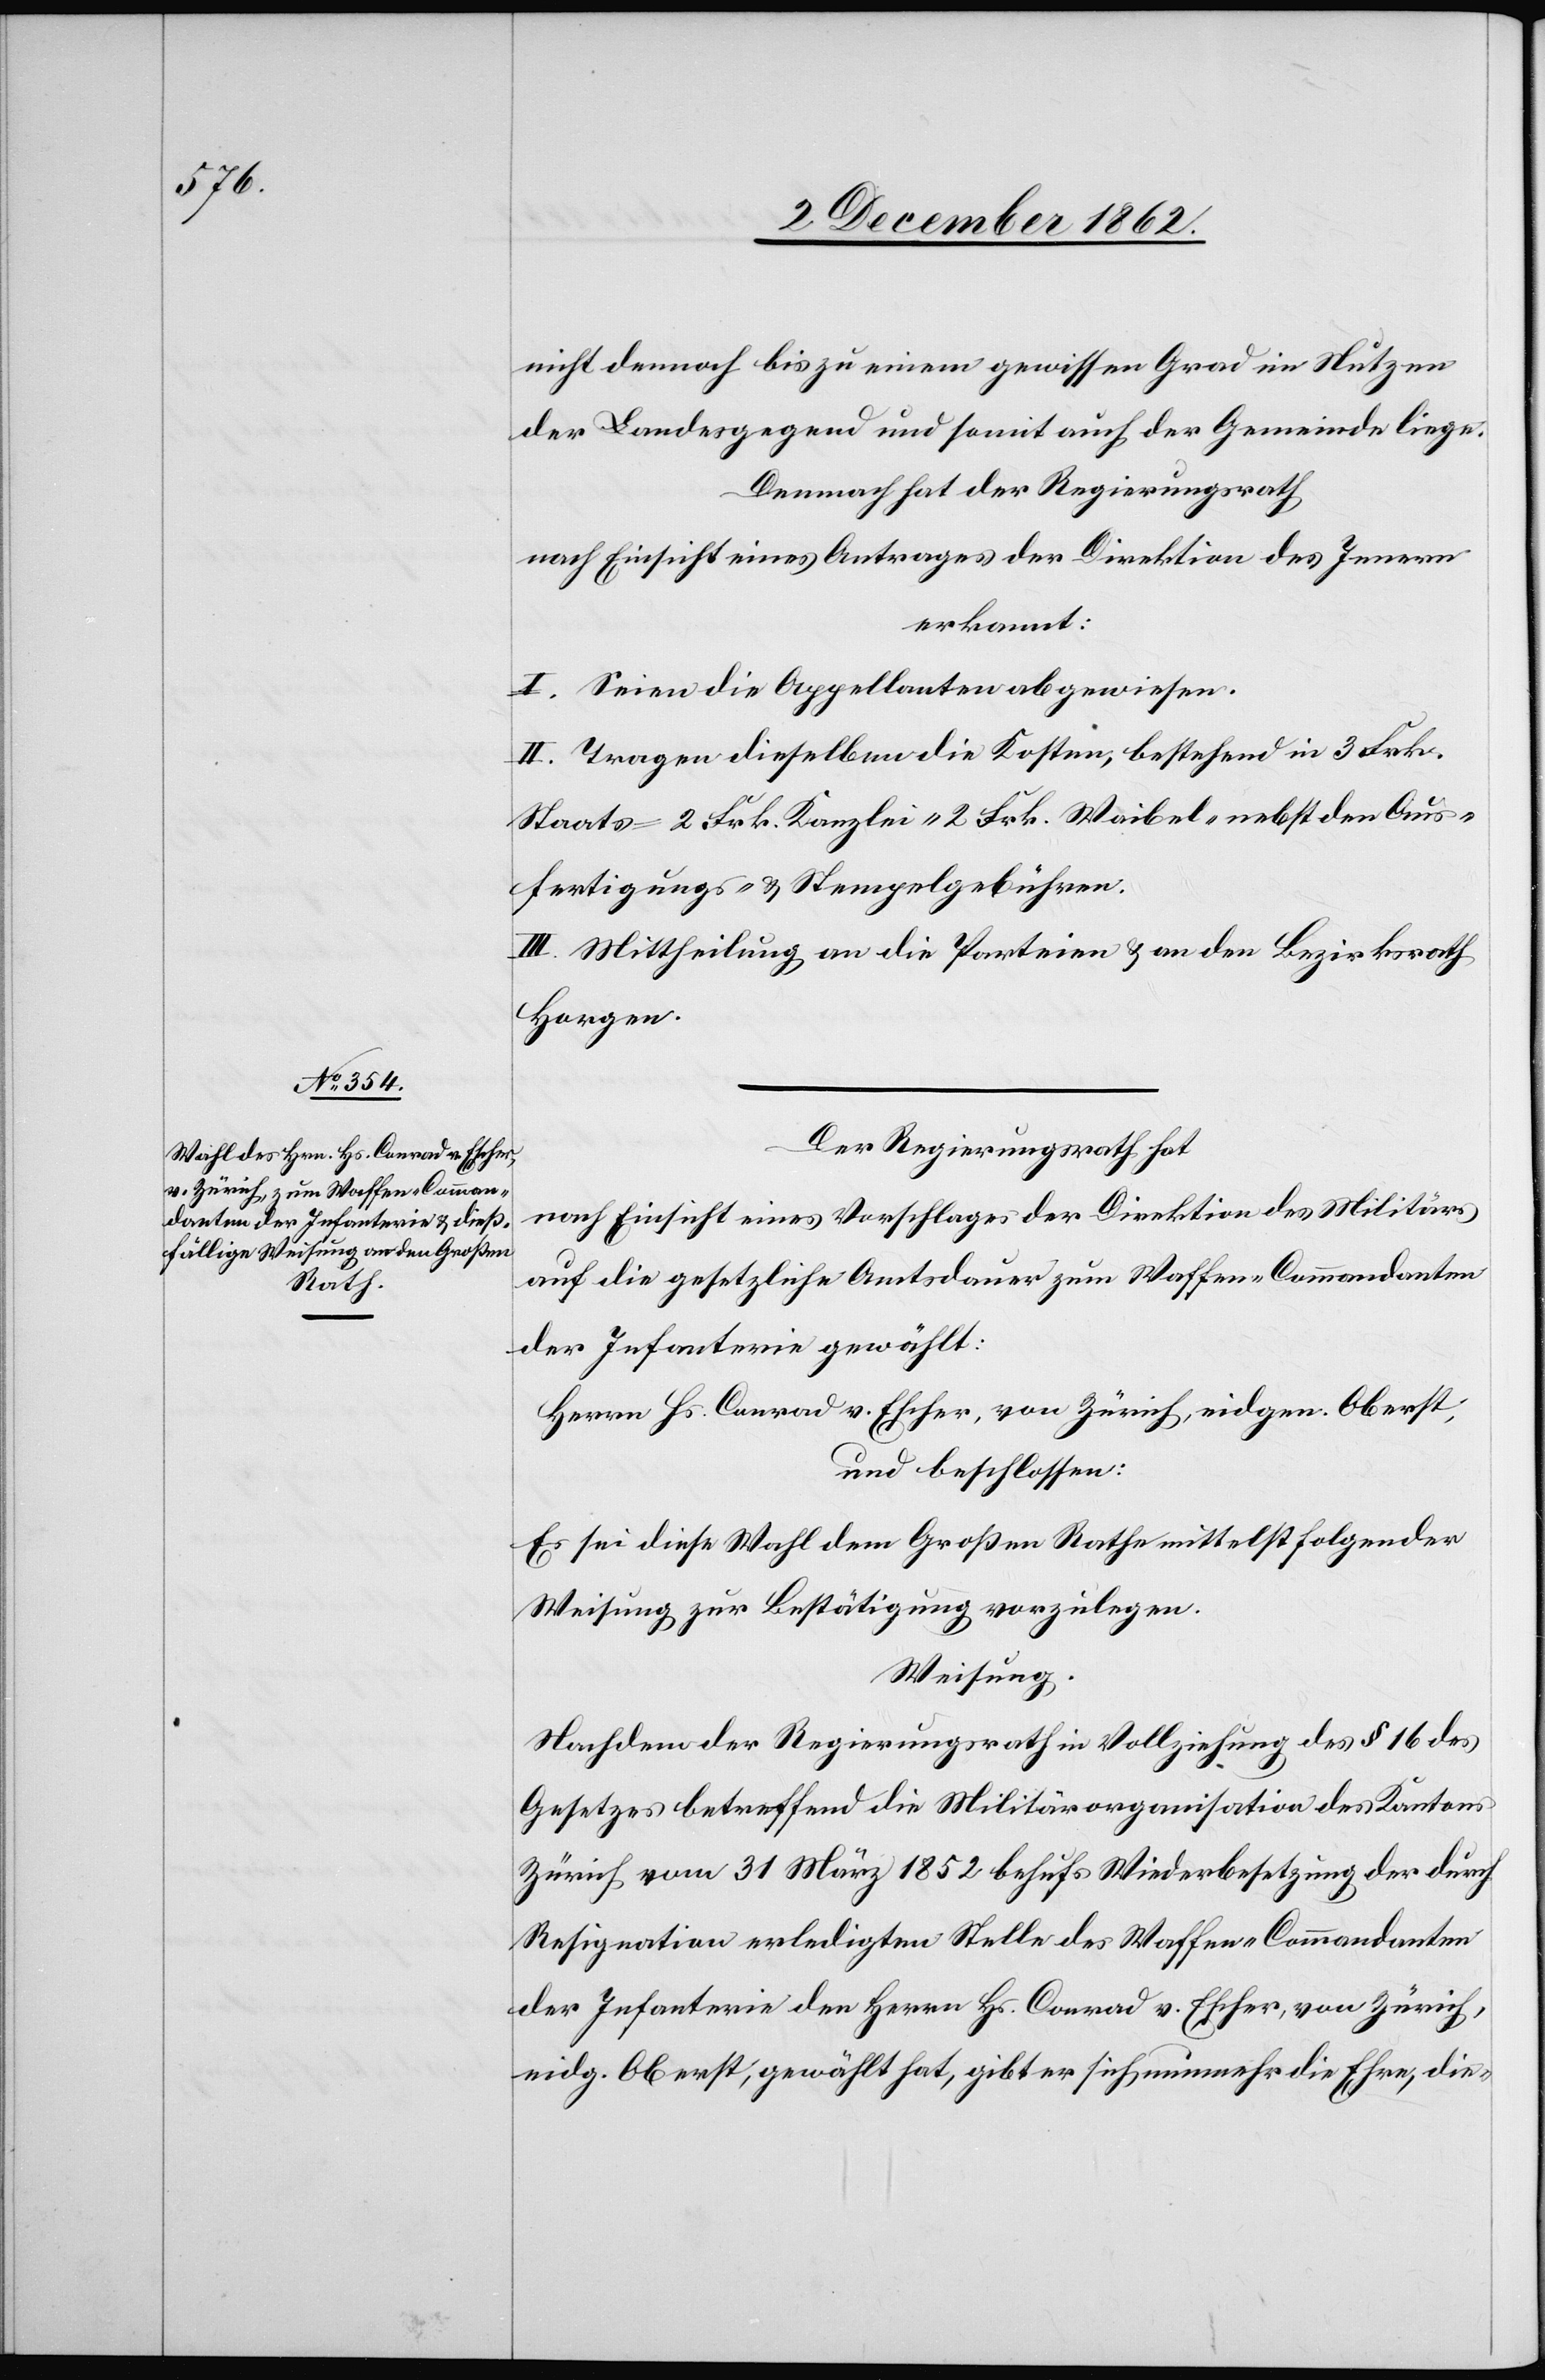
nicht dennoch bis zu einem gewissen Grad im Nutzen
der Landesgegend und somit auch der Gemeinde liege.
Demnach hat der Regierungsrath
nach Einsicht eines Antrages der Direktion des Innern
erkannt:
I. Seien die Appellanten abgewiesen.
II. Tragen dieselben die Kosten, bestehend in 3 Frk.
Staats-[,] 2 Frk. Kanzlei-[,] 2 Frk. Waibel- nebst den Aus¬
fertigungs- u. Stempelgebühren.
III. Mittheilung an die Parteien u. an den Bezirksrath
Horgen.
Der Regierungsrath hat
nach Einsicht eines Vorschlages der Direktion des Militärs
auf die gesetzliche Amtsdauer zum Waffen-Commandanten
der Infanterie gewählt:
Herrn Hs. Conrad v. Escher, von Zürich, eidgen. Oberst,
und beschlossen:
Es sei diese Wahl dem Großen Rathe mittelst folgender
Weisung zur Bestätigung vorzulegen.
Weisung.
Nachdem der Regierungsrath in Vollziehung des § 16 des
Gesetzes betreffend die Militärorganisation des Kantons
Zürich vom 31. März 1852 behufs Wiederbesetzung der durch
Resignation erledigten Stelle des Waffen-Commandanten
der Infanterie den Herrn Hs. Conrad v. Escher, von Zürich,
eidg. Oberst, gewählt hat, gibt er sich nunmehr die Ehre, die-